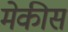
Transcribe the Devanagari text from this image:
मेकीस